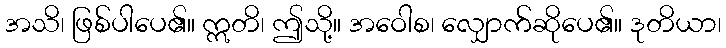
အသိ၊ ဖြစ်ပါပေ၏။ ဣတိ၊ ဤသို့။ အဝေါစ၊ လျှောက်ဆိုပေ၏။ ဒုတိယာ၊